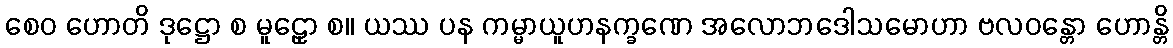
စေဝ ဟောတိ ဒုဋ္ဌော စ မူဠှော စ။ ယဿ ပန ကမ္မာယူဟနက္ခဏေ အလောဘဒေါသမောဟာ ဗလဝန္တော ဟောန္တိ